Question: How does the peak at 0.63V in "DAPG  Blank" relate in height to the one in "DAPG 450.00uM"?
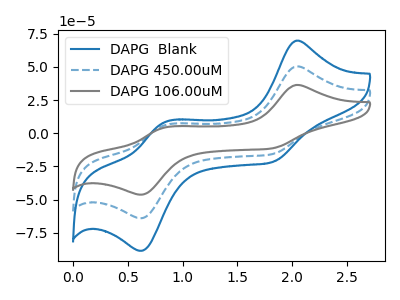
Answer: <think>The blue curve "DAPG  Blank" has anodic peaks at (2.05V, 69.80uA) (0.85V, 8.15uA) and cathodic peaks at (1.80V, -21.70uA) (0.65V, -88.50uA). The blue dashed curve "DAPG 450.00uM" has anodic peaks at (2.05V, 50.45uA) (0.85V, 5.90uA) and cathodic peaks at (1.80V, -15.70uA) (0.65V, -63.95uA). The gray curve "DAPG 106.00uM" has anodic peaks at (2.05V, 100.90uA) (0.85V, 11.80uA) and cathodic peaks at (1.80V, -31.35uA) (0.65V, -127.90uA).</think>
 <answer>The peak at 0.63V is higher in "DAPG  Blank" than in "DAPG 450.00uM".</answer>
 <eval>higher</eval>